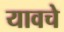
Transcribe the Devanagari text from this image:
यावचे